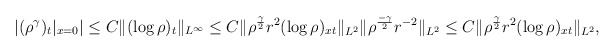
\begin{align*}\left|(\rho^\gamma)_t|_{x=0}\right|\leq C\|(\log\rho)_t\|_{L^\infty}\leq C\|\rho^\frac{\gamma}{2} r^2(\log\rho)_{xt}\|_{L^2}\|\rho^\frac{-\gamma}{2}r^{-2}\|_{L^2}\leq C\|\rho^\frac{\gamma}{2} r^2(\log\rho)_{xt}\|_{L^2},\end{align*}